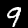
Digit: 9